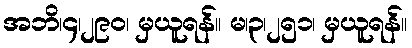
အဘိ၊၄၊၂၉၀၊ မှယူရန်။ မ၊၃၊၂၅၁၊ မှယူရန်။